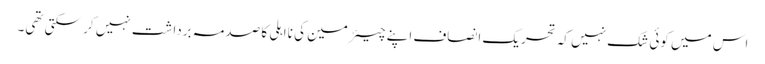
اس میں کوئی شک نہیں کہ تحریک انصاف اپنے چیئرمین کی نااہلی کا صدمہ برداشت نہیں کر سکتی تھی۔